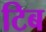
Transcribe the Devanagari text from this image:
टिब